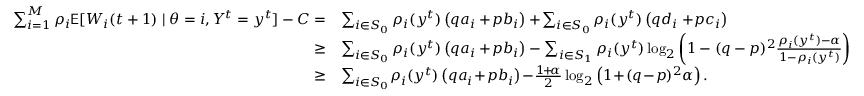
\begin{array} { r l } { \sum _ { i = 1 } ^ { M } \rho _ { i } \mathsf { E } [ W _ { i } ( t + 1 ) \mid \theta = i , Y ^ { t } = y ^ { t } ] - C = } & { \sum _ { i \in S _ { 0 } } \rho _ { i } ( y ^ { t } ) \left( q a _ { i } + \! p b _ { i } \right) + \! \sum _ { i \in S _ { 0 } } \rho _ { i } ( y ^ { t } ) \left( q d _ { i } + \! p c _ { i } \right) } \\ { \ge } & { \sum _ { i \in S _ { 0 } } \rho _ { i } ( y ^ { t } ) \left( q a _ { i } + \! p b _ { i } \right) - \sum _ { i \in S _ { 1 } } \rho _ { i } ( y ^ { t } ) \log _ { 2 } \left( 1 - ( q - p ) ^ { 2 } \frac { \rho _ { i } ( y ^ { t } ) - \alpha } { 1 - \rho _ { i } ( y ^ { t } ) } \right) } \\ { \ge } & { \sum _ { i \in S _ { 0 } } \! \rho _ { i } ( y ^ { t } ) \left( q a _ { i } \! + \! p b _ { i } \right) \! - \! \frac { 1 \! + \! \alpha } { 2 } \log _ { 2 } \left( 1 \! + \! ( q \! - \! p ) ^ { 2 } \alpha \right) . } \end{array}